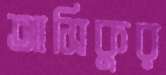
আসিকুর